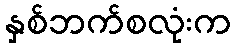
နှစ်ဘက်စလုံးက